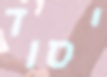
יסוד